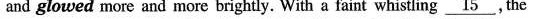
and glowed more and more brightly. With a faint whistling \underline{15}, the